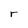
Character: r